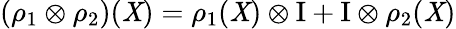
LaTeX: (\rho_{1}\otimes\rho_{2})(\mathit{X})=\rho_{1}(\mathit{X})\otimes\mathrm{{I}}+\mathrm{{I}}\otimes\rho_{2}(\mathit{X})